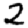
Digit: 2